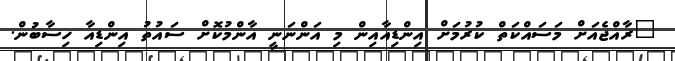
"ރާއްޖެއަށް މަސައްކަތް ކުރުމަށް އިންޑިއާއިން މި އަންނަނީ އާންމުކޮށް ސައުތު އިންޑިއާ ހިސާބުން.